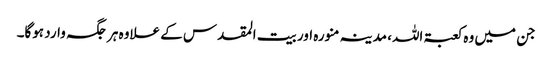
جن میں وہ کعبۃ اللہ، مدینہ منورہ اور بیت المقدس کے علاوہ ہر جگہ وارد ہوگا۔